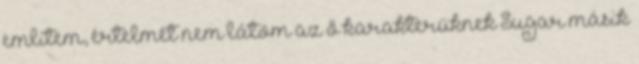
említem, értelmét nem látom az ő karakterüknek Sugar másik